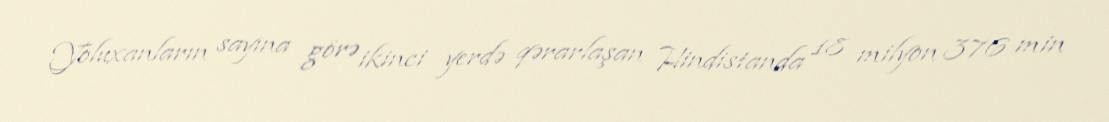
Yoluxanların sayına görə ikinci yerdə qərarlaşan Hindistanda 18 milyon 376 min